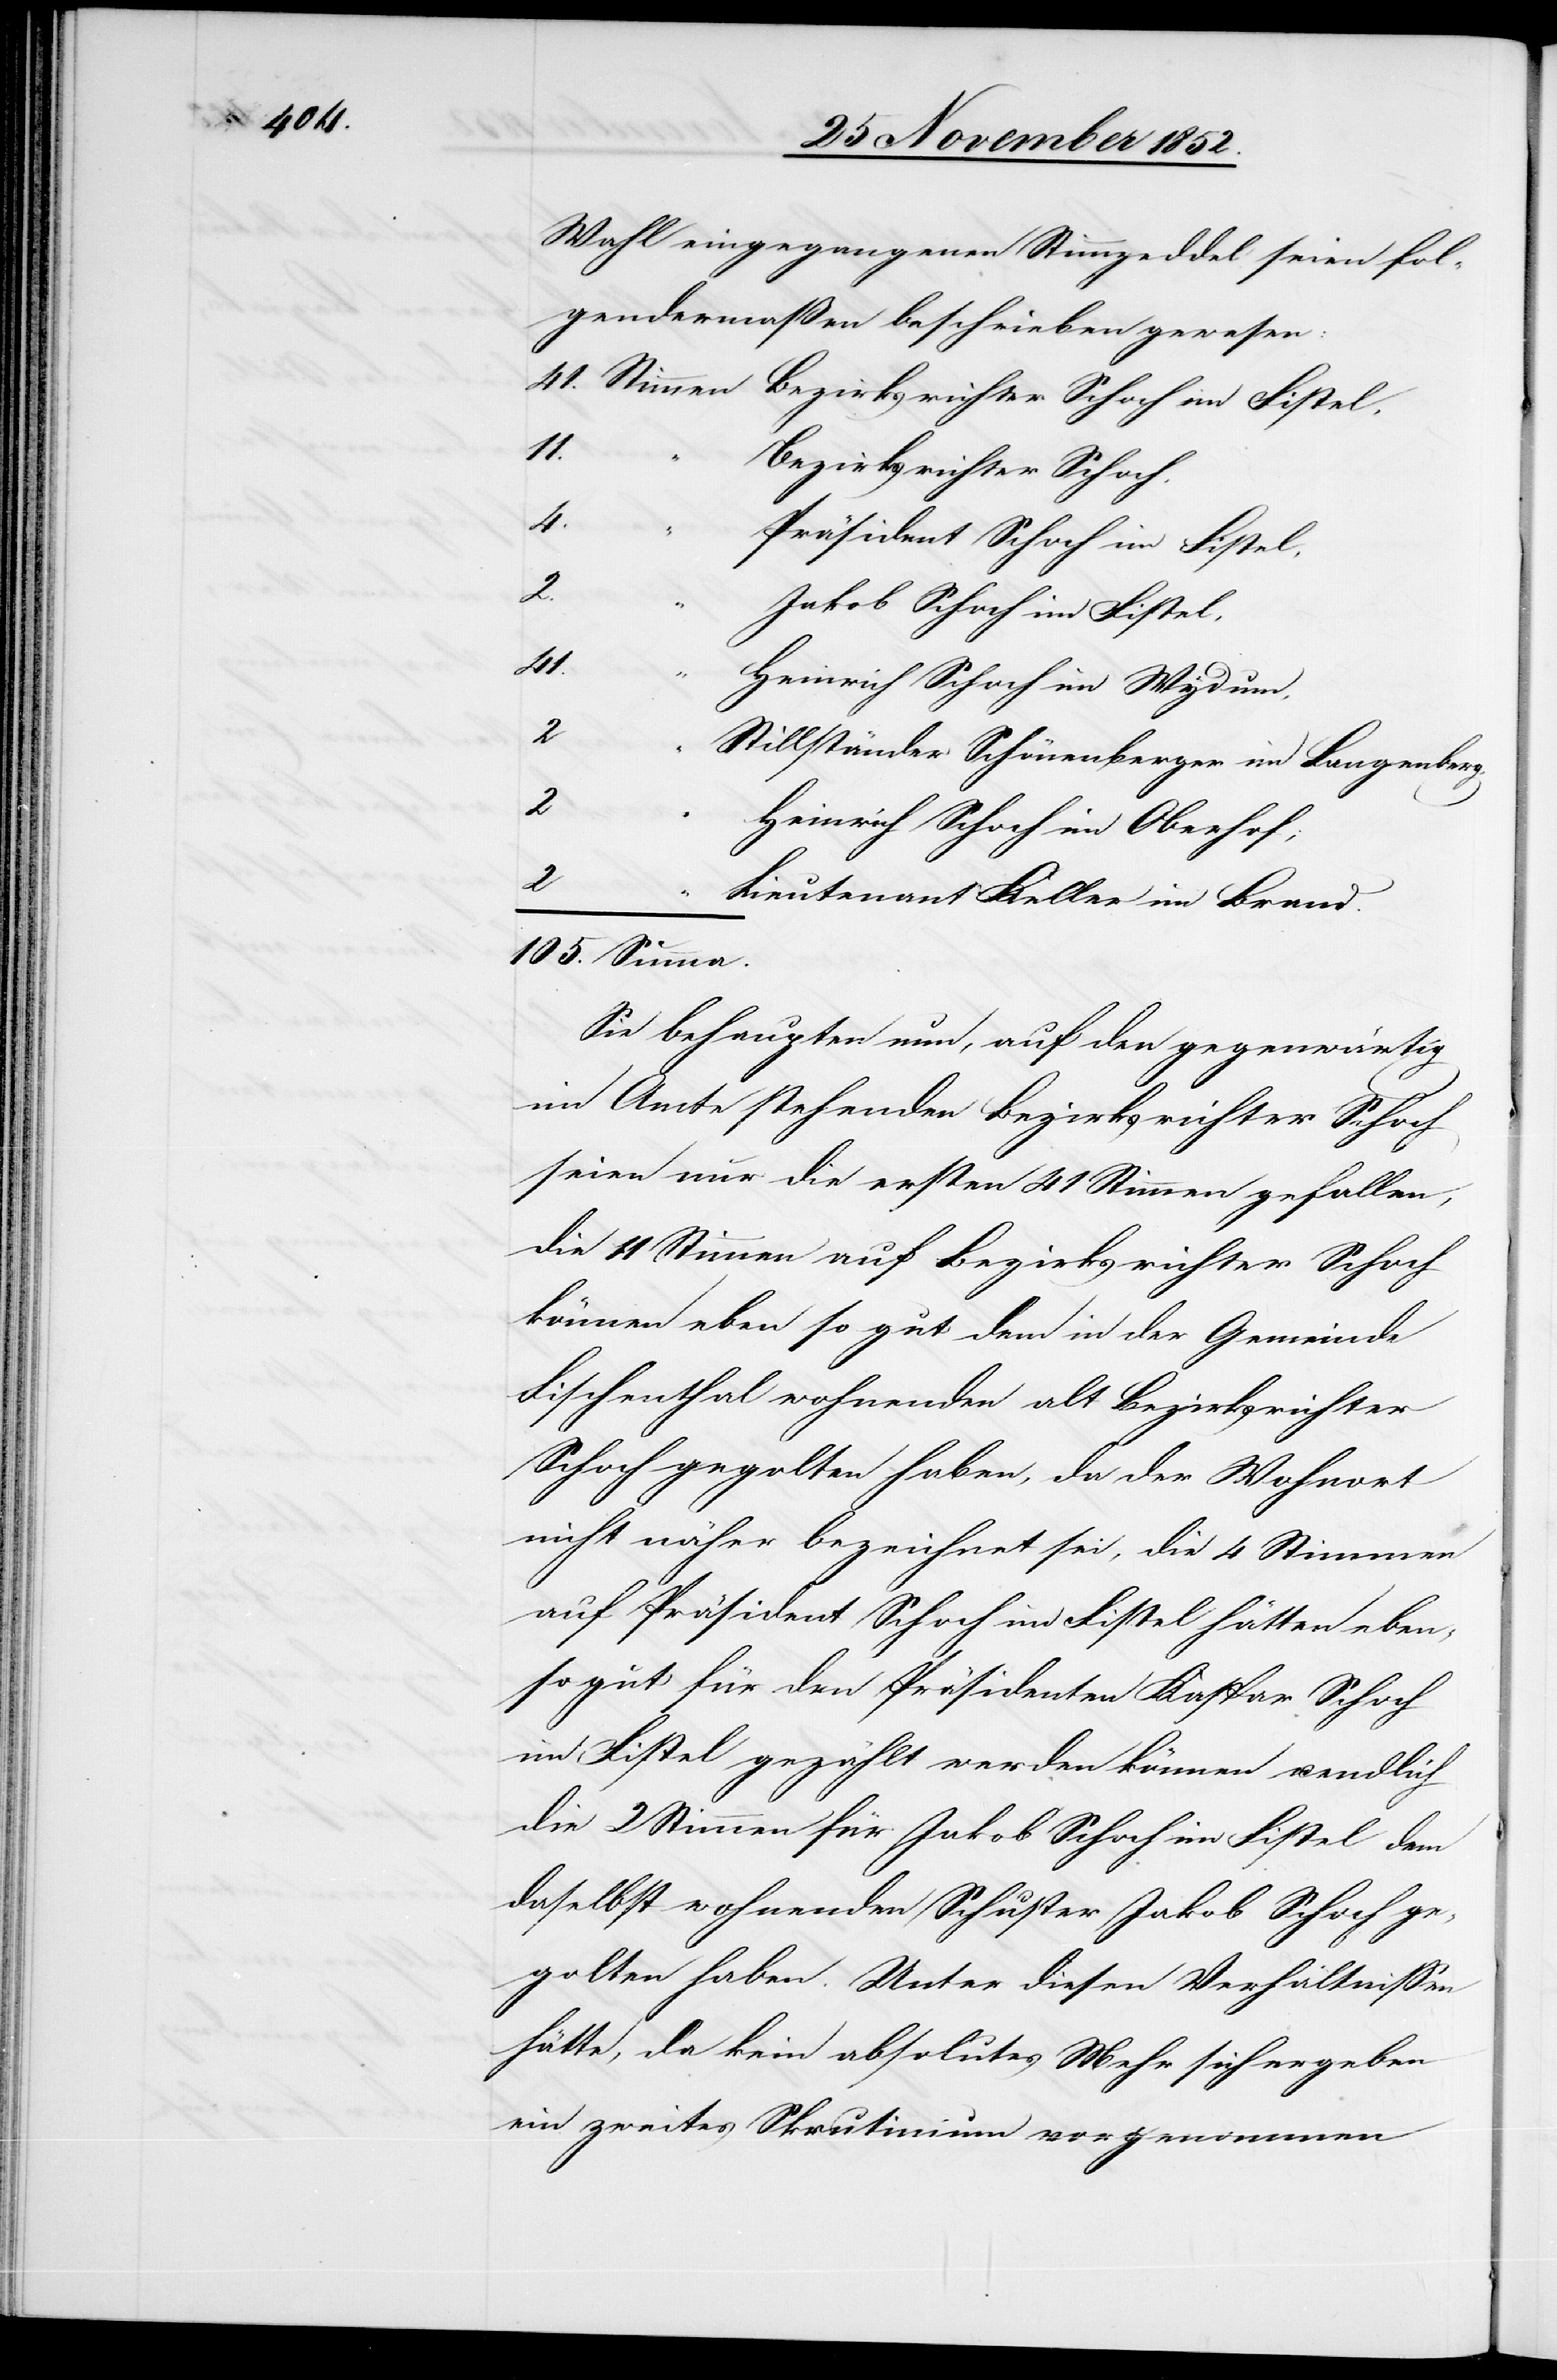
Wahl eingegangenen Stimmzeddel seien fol¬
gendermaßen beschrieben gewesen:
11.
Bezirksrichter Schoch.
4.
Präsident Schoch im Fistel,
2.
Jakob Schoch im Fistel,
41.
“
Heinrich Schoch im Wydum,
2
Stillständer Schönenberger im Langenberg,
2
Heinrich Schoch im Oberhof;
2
Lieutenant Keller im Brand.
Sie behaupten nun, auf den gegenwärtig
im Amte stehenden Bezirksrichter Schoch
seien nur die ersten 41 Stimmen gefallen,
die 11 Stimmen auf Bezirksrichter Schoch
können eben so gut dem in der Gemeinde
Fischenthal wohnenden alt Bezirksrichter
Schoch gegolten haben, da der Wohnort
nicht näher bezeichnet sei, die 4 Stimmen
auf Präsident Schoch im Fistel hätten eben¬
sogut für den Präsidenten Kaspar Schoch
im Fistel gezählt werden können u. endlich
die 2 Stimmen für Jakob Schoch im Fistel dem
daselbst wohnenden Schuster Jakob Schoch ge¬
golten haben. Unter diesen Verhältnissen
hätte, da kein absolutes Mehr sich ergeben
ein zweites Skrutinium vorgenommen